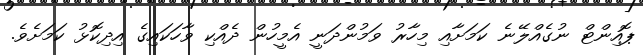
ޕޮއިންޓް ނުގެއްލޭނެ ކަމަށާއި މިހާރު ވަމުންދަނީ އެމީހުން ދެއްކި ވާހަކައިގެ އިދިކޮޅު ކަމަށެވެ.